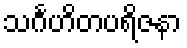
သင်္ဂဟိတပရိဇနာ